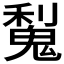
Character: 𫙋